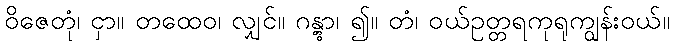
ဝိဇေတုံ၊ ငှာ။ တထေဝ၊ လျှင်။ ဂန္တွာ၊ ၍။ တံ၊ ဝယ်ဥတ္တရကုရုကျွန်းဝယ်။